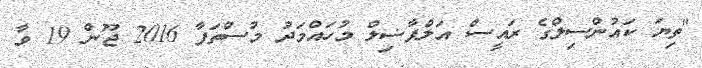
"ތިޔަ ކައުންސިލްގެ ރައީސް އަލްފާޟިލް މުހައްމަދު މުސްތަފާ 2016 ޖޫން 19 ވާ